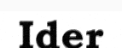
Ider